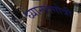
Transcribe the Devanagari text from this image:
ध्यानगंगोत्री